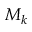
M _ { k }